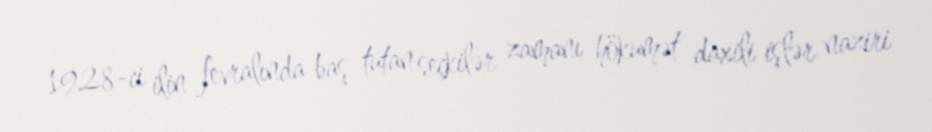
1928-ci ilin fevralında baş tutan seçkilər zamanı hökumət daxili işlər naziri